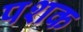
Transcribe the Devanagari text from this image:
पशक